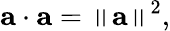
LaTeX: \mathbf{a}\cdot\mathbf{a}=\left\| \mathbf{a}\right\| ^{2},